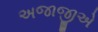
અજાજીએ